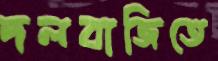
দলবাজিতে